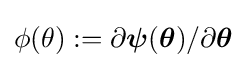
\phi (\theta ):=\partial {\boldsymbol {\psi }}({\boldsymbol {\theta }})/\partial {\boldsymbol {\theta }}